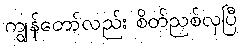
ကျွန်တော်လည်း စိတ်ညစ်လှပြီ